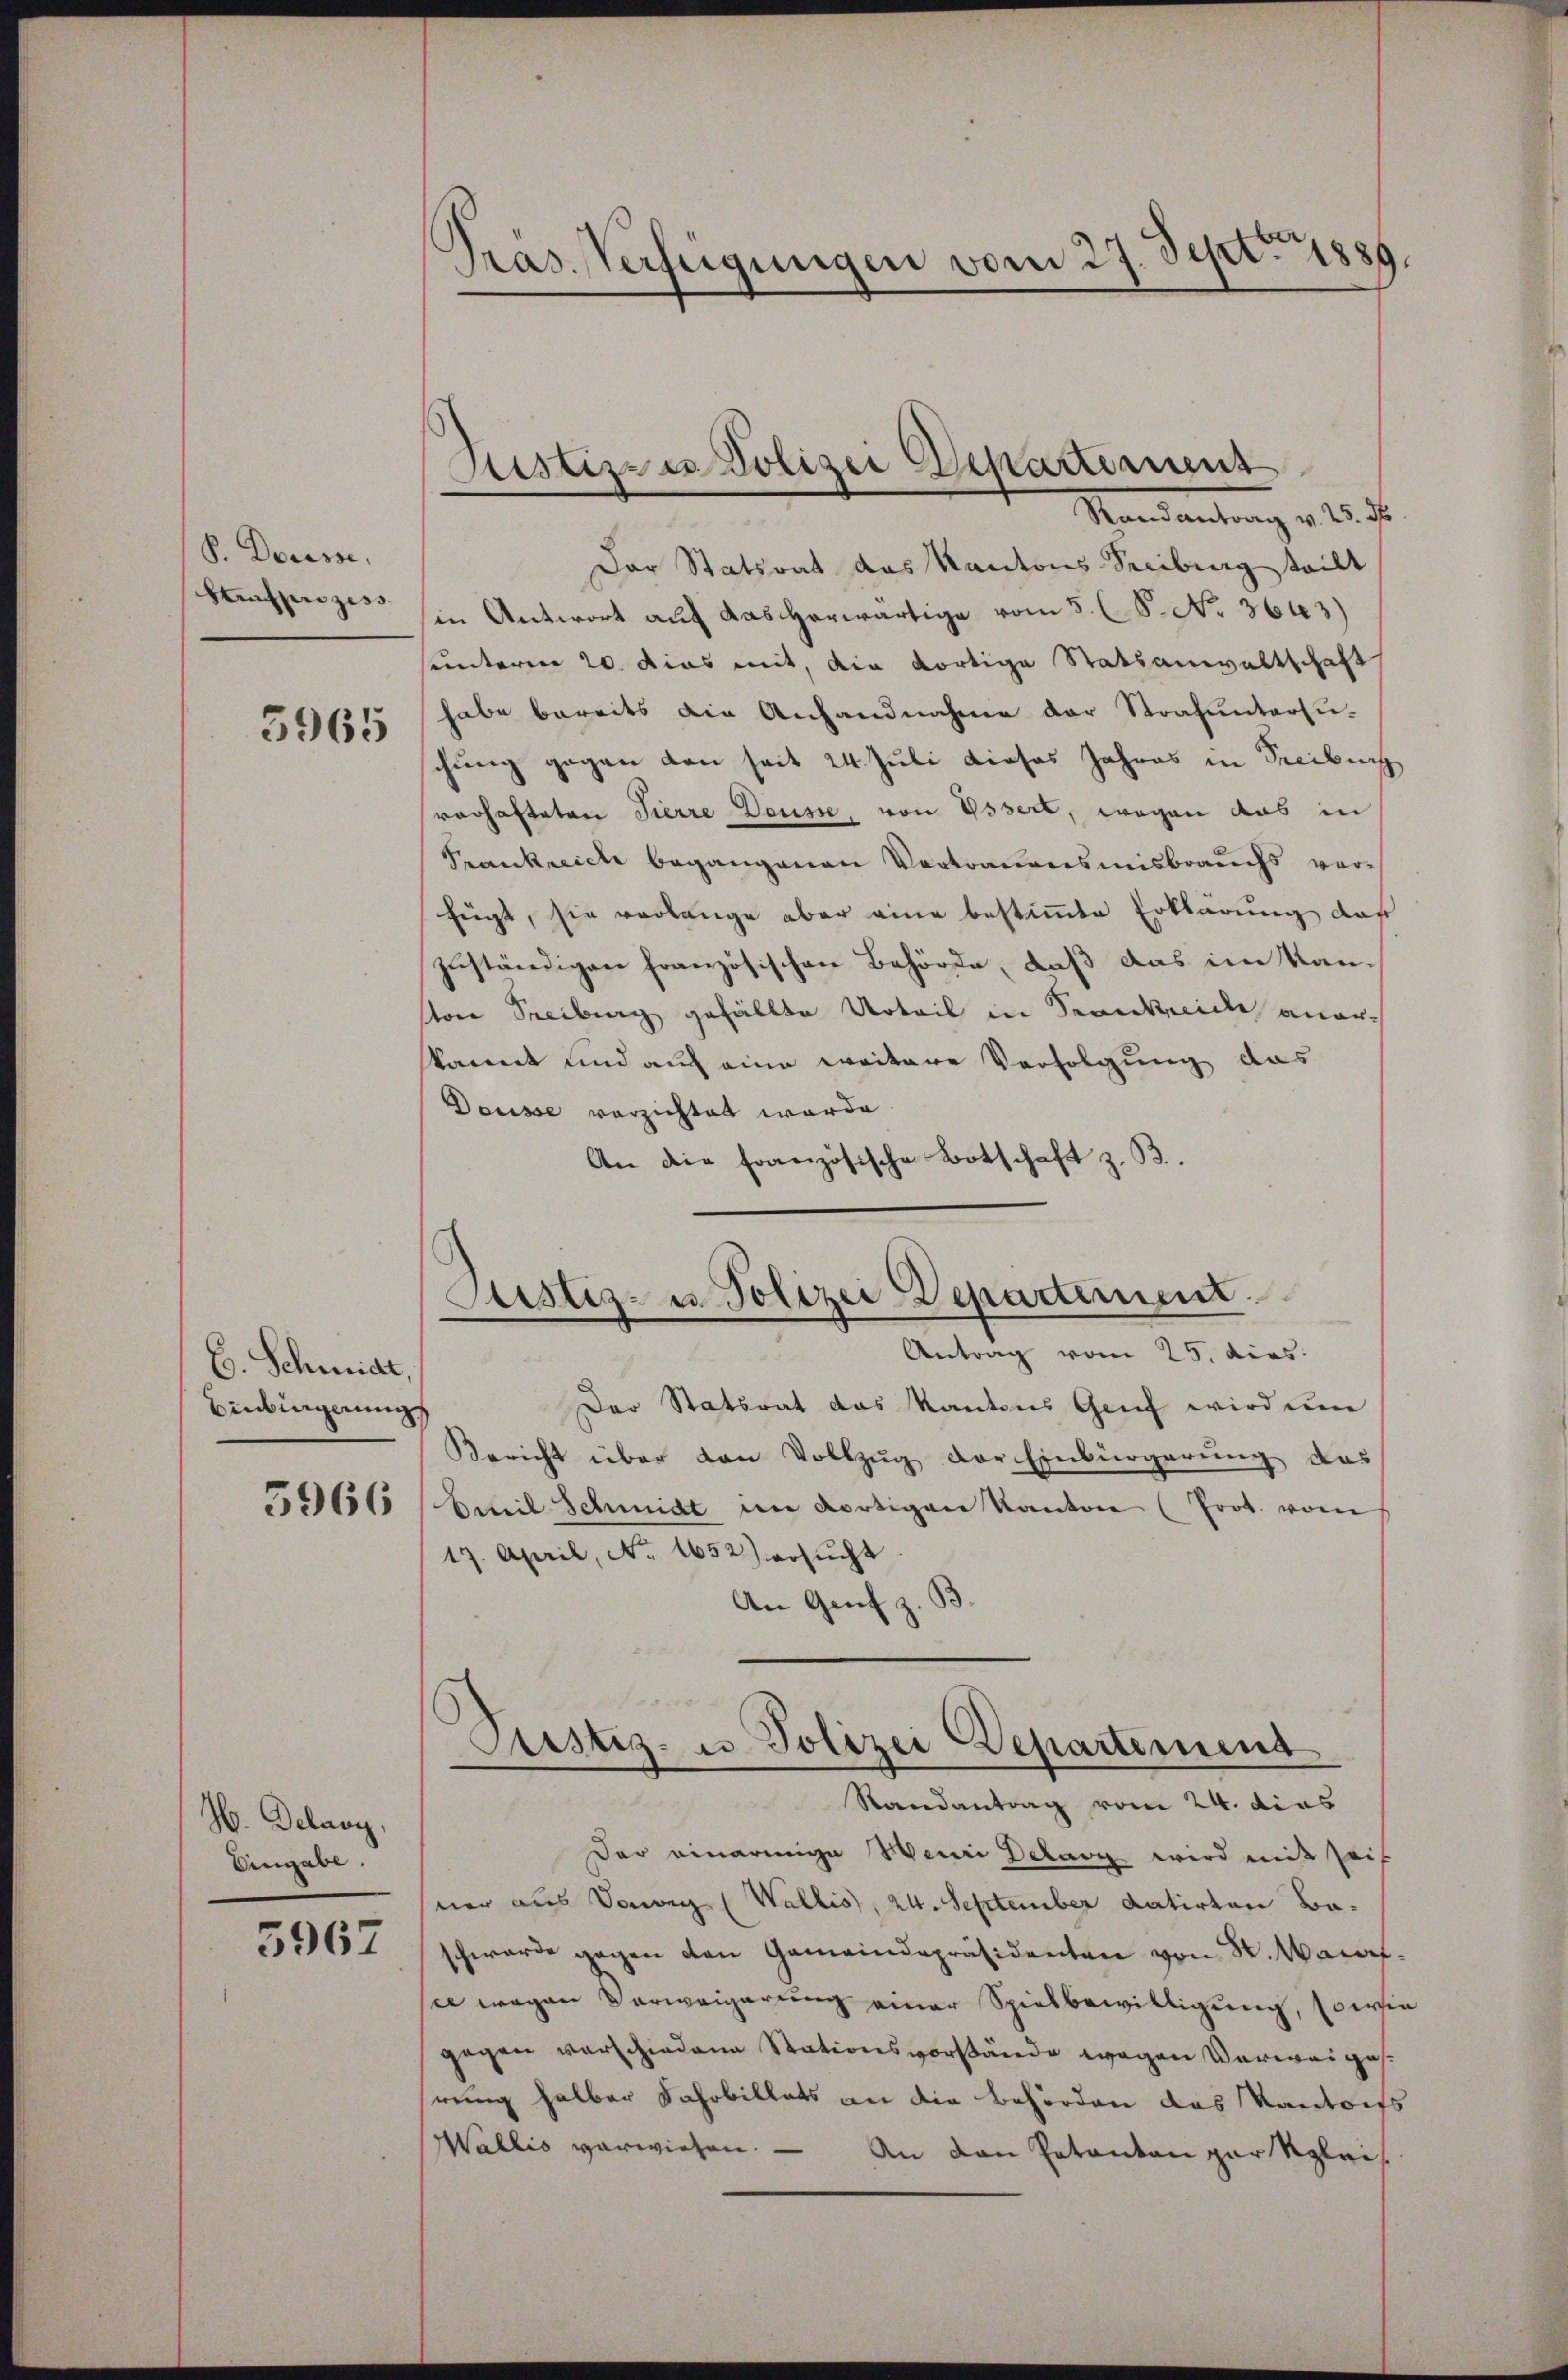
P. Docesse,
Strafprozess

5965

E. Schmide
Einbingerung

5966

W. Delary,
Eingabe.

5967

Pras. Verfügungen vom 27. Sept. 1889.

Der Statsrat das Kantons Secibung teilt
in Antwort auf das herwärtige vom 5. (S. No. 3643)
sunteren 20. dies mit, die dortige Statsanwaltschaft
habe bereits die Anhandnahme der Strafuntersuchung gegen den seit 24. Juli dieses Jahres in Freibuch
vorhafteten Tierre Deusse, von Essert, wegen aus in
Frankreiche begangenen Vortrauensmisbrauchs vorfüegt, sie verlange aber eine bestimmte Erklärung das
zuständigen französischen Behörde, daß das im Kanston Freiburg gefällte Urteil in Seonkneide anerkannt und auf eine weitere Verfolgung das
Deusse verzichtet werde.
An die französische Botschaft z. B.

Justizze Polizei Departement
Mandantung v. 25.

Justiz- u. Polizei Departement
Antrag vom 25. dies.

Der Statsrat das Kantons Genf wird un
Bericht über den Vollzug der Einbürgerung das
Beteil Schmidt im dortigen Kanton (Prot. vom
17. April, No. 1652) ersŭcht
An Genf z.
Der einarmige Meini Delary wird mit sei
ner aus Daweg (Wallis, 24. September datirten Baschwerde gegen den Gemeindepräsidenten von Sr. Maifsee wegen Verweigerung einer Spielbewilligung, sowie
gegen verschiedene Stationsvorstände wegen Verweiges.
reg halber Fahrbillets an die Behörden das Kantonss
Wallis verwiesen. — An den Patanton zur Rglais

Custiz- u. Polizei Departement
Randantrag vom 24. dies